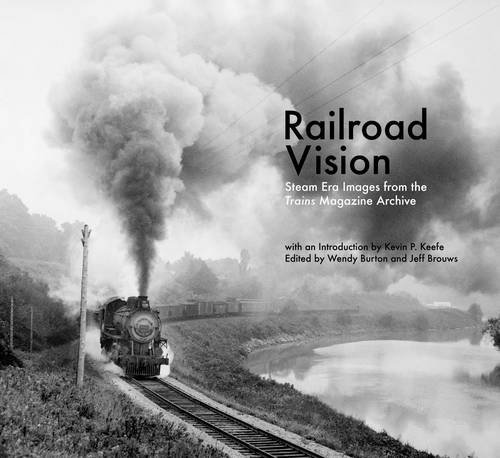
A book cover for Railroad Vision: Steam Era Images from the Trains Magazine Archives; Engineering & Transportation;